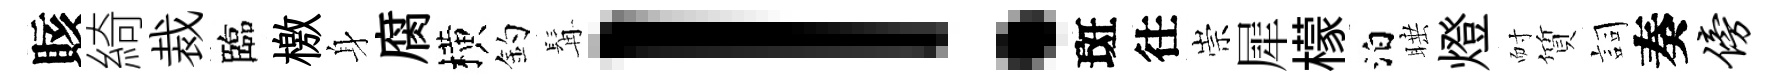
賅綺裁臨檄身腐横釣髯！斑往崇犀檬泊睡燈耐質詞奏傍